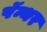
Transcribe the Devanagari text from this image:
पॅन्थर